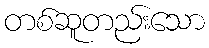
တစ်ဆူတည်းသော